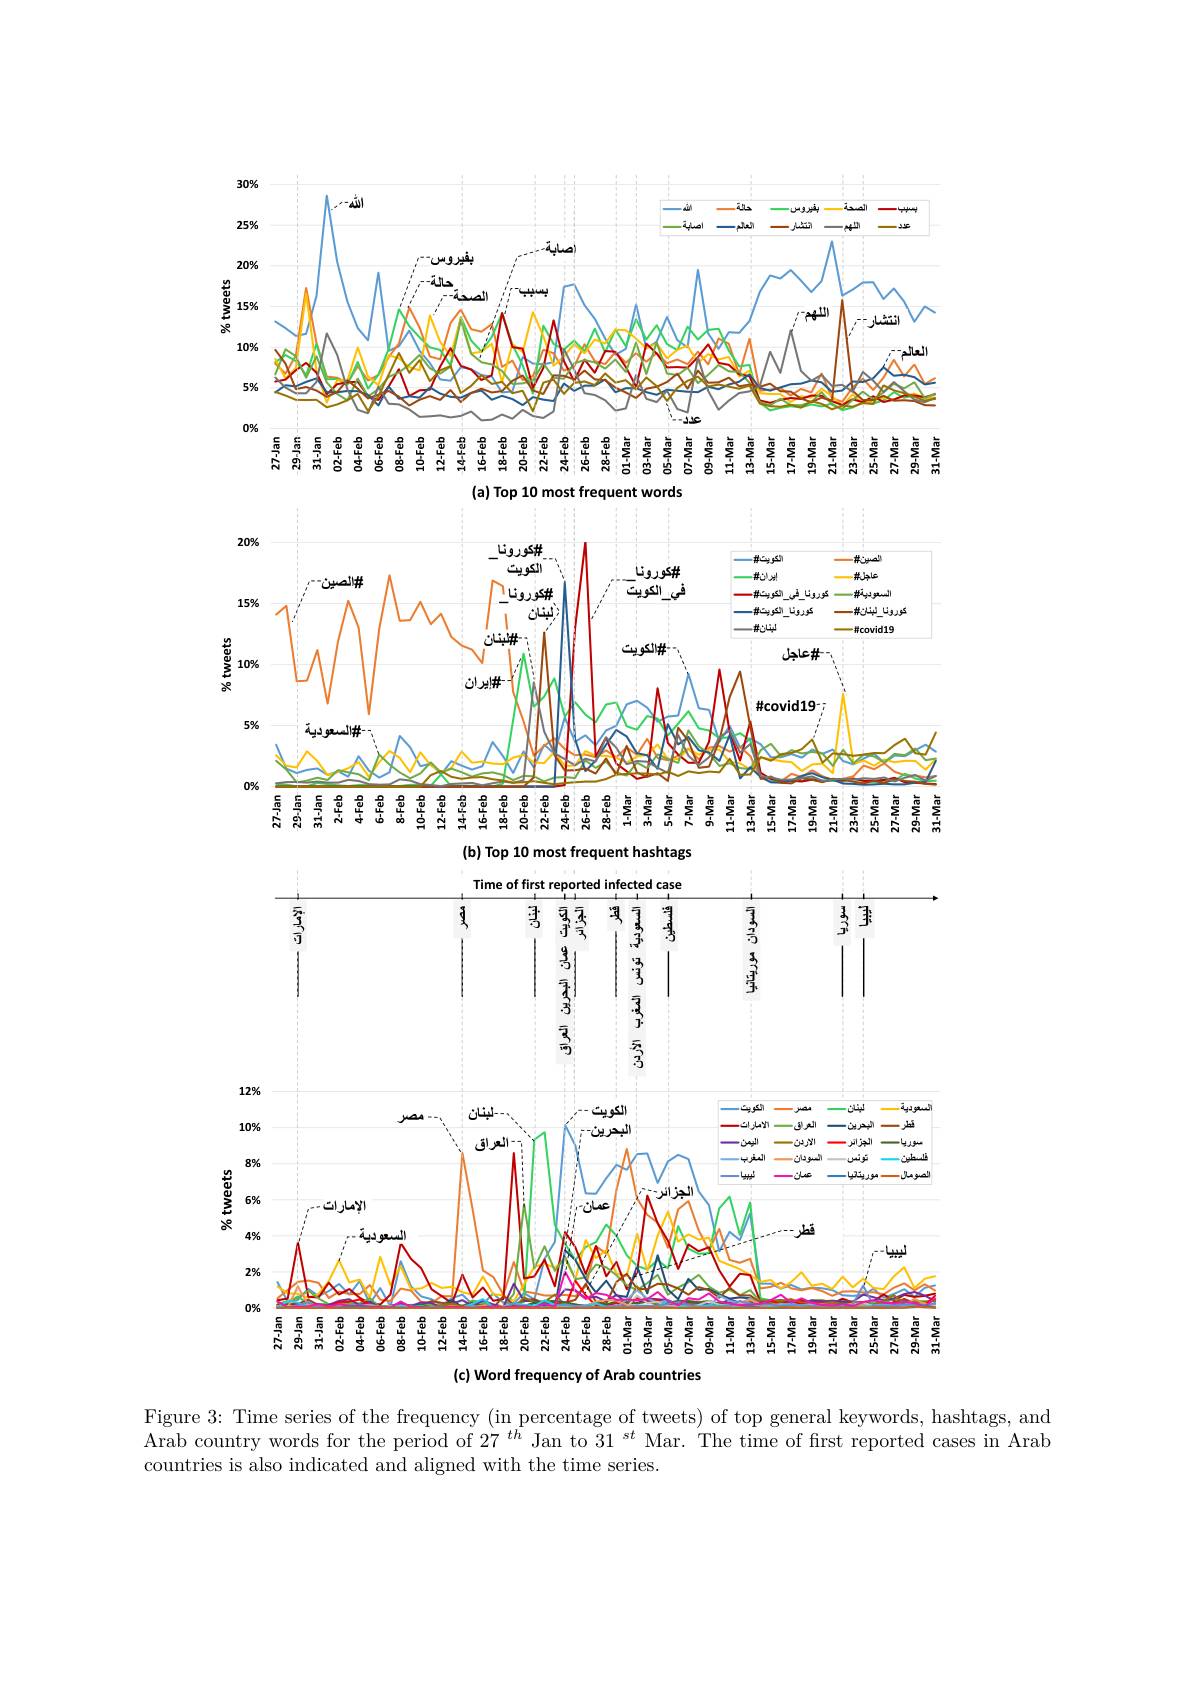
<FigureHere>
(a) Top 10 most frequent words

<FigureHere>

(b) Top 10 most frequent hashtags
<FigureHere>

(c) Word frequency of Arab countries

Figure 3: Time series of the frequency (in percentage of tweets) of top general keywords, hashtags, and Arab country words for the period of $27^{th}$ Jan to 31$^{st}$ Mar. The time of first reported cases in Arab countries is also indicated and aligned with the time series.